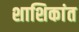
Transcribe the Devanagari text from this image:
शाशिकांत